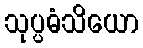
သုပ္ပဓံသိယော